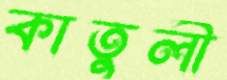
কাতুলী